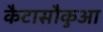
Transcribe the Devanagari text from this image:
कैटासौकुआ